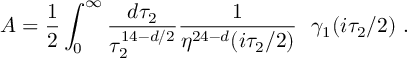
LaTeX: { \cal A } = { \frac { 1 } { 2 } } \int _ { 0 } ^ { \infty } { \frac { d \tau _ { 2 } } { \tau _ { 2 } ^ { 1 4 - d / 2 } } } { \frac { 1 } { \eta ^ { 2 4 - d } ( i \tau _ { 2 } / 2 ) } } ~ ~ \gamma _ { 1 } ( i \tau _ { 2 } / 2 ) \ .